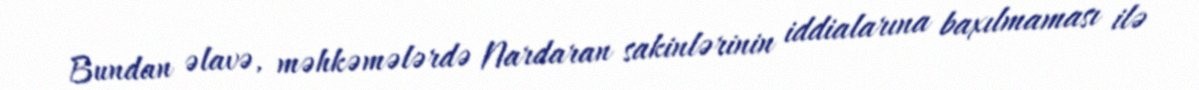
Bundan əlavə, məhkəmələrdə Nardaran sakinlərinin iddialarına baxılmaması ilə